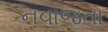
નવાજતા